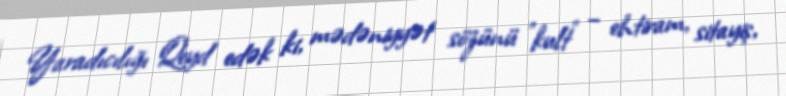
Yaradıcılığı Qeyd edək ki, mədəniyyət sözünü "kult" – ehtiram, sitayiş,